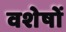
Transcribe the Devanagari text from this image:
वशेषों